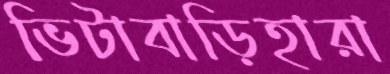
ভিটাবাড়িহারা